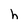
Character: h